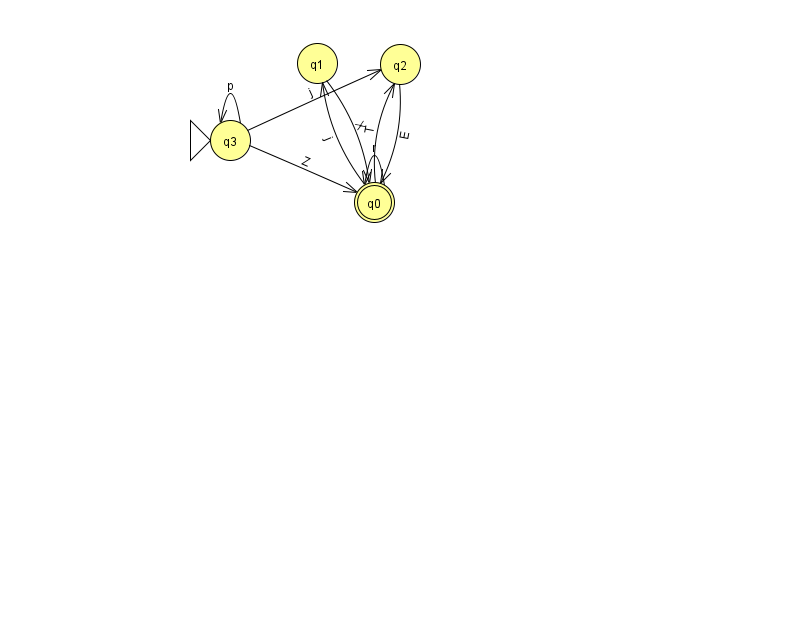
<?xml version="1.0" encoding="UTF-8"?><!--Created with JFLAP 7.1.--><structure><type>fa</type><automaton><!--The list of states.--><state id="0" name="q0"><x>374.0</x><y>189.0</y><final/></state><state id="1" name="q1"><x>317.0</x><y>50.0</y></state><state id="2" name="q2"><x>400.0</x><y>51.0</y></state><state id="3" name="q3"><x>230.0</x><y>127.0</y><initial/></state><!--The list of transitions.--><transition><from>3</from><to>3</to><read>p</read></transition><transition><from>0</from><to>0</to><read>r</read></transition><transition><from>3</from><to>2</to><read>j</read></transition><transition><from>0</from><to>1</to><read>j</read></transition><transition><from>0</from><to>2</to><read>T</read></transition><transition><from>1</from><to>0</to><read>X</read></transition><transition><from>2</from><to>0</to><read>E</read></transition><transition><from>3</from><to>0</to><read>Z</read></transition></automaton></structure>